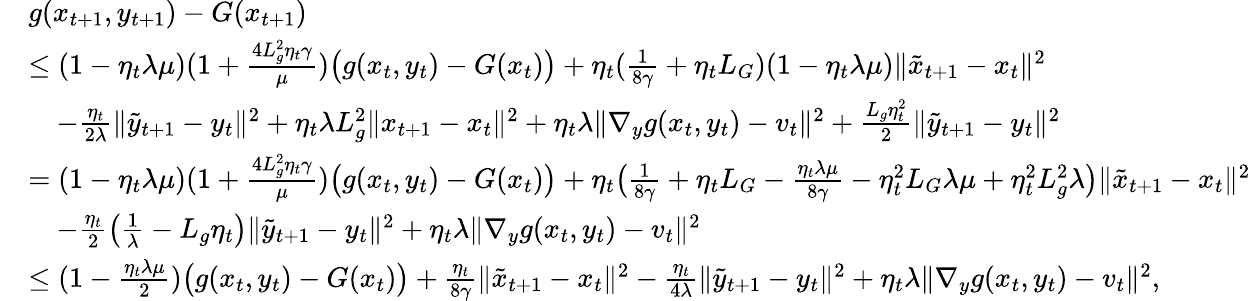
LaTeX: \begin{array}{rl}&{g(x_{t+1},y_{t+1})-G(x_{t+1})}\\ &{\leq(1-\eta_{t}\lambda\mu)(1+\frac{4L_{g}^{2}\eta_{t}\gamma}{\mu})\big(g(x_{t},y_{t})-G(x_{t})\big)+\eta_{t}(\frac{1}{8\gamma}+\eta_{t}L_{G})(1-\eta_{t}\lambda\mu)\| \tilde{x}_{t+1}-x_{t}\| ^{2}}\\ &{\quad-\frac{\eta_{t}}{2\lambda}\| \tilde{y}_{t+1}-y_{t}\| ^{2}+\eta_{t}\lambda L_{g}^{2}\| x_{t+1}-x_{t}\| ^{2}+\eta_{t}\lambda\| \nabla_{y}g(x_{t},y_{t})-v_{t}\| ^{2}+\frac{L_{g}\eta_{t}^{2}}{2}\| \tilde{y}_{t+1}-y_{t}\| ^{2}}\\ &{=(1-\eta_{t}\lambda\mu)(1+\frac{4L_{g}^{2}\eta_{t}\gamma}{\mu})\big(g(x_{t},y_{t})-G(x_{t})\big)+\eta_{t}\big(\frac{1}{8\gamma}+\eta_{t}L_{G}-\frac{\eta_{t}\lambda\mu}{8\gamma}-\eta_{t}^{2}L_{G}\lambda\mu+\eta_{t}^{2}L_{g}^{2}\lambda\big)\| \tilde{x}_{t+1}-x_{t}\| ^{2}}\\ &{\quad-\frac{\eta_{t}}{2}\big(\frac{1}{\lambda}-L_{g}\eta_{t}\big)\| \tilde{y}_{t+1}-y_{t}\| ^{2}+\eta_{t}\lambda\| \nabla_{y}g(x_{t},y_{t})-v_{t}\| ^{2}}\\ &{\leq(1-\frac{\eta_{t}\lambda\mu}{2})\big(g(x_{t},y_{t})-G(x_{t})\big)+\frac{\eta_{t}}{8\gamma}\| \tilde{x}_{t+1}-x_{t}\| ^{2}-\frac{\eta_{t}}{4\lambda}\| \tilde{y}_{t+1}-y_{t}\| ^{2}+\eta_{t}\lambda\| \nabla_{y}g(x_{t},y_{t})-v_{t}\| ^{2},}\end{array}